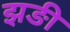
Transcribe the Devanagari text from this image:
झङी